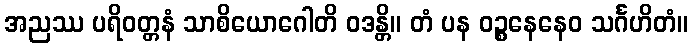
အညဿ ပရိဝတ္တနံ သာစိယောဂေါတိ ဝဒန္တိ။ တံ ပန ဝဉ္စနေနေဝ သင်္ဂဟိတံ။